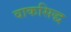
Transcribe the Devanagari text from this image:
वाकसिद्ध